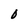
Character: 0